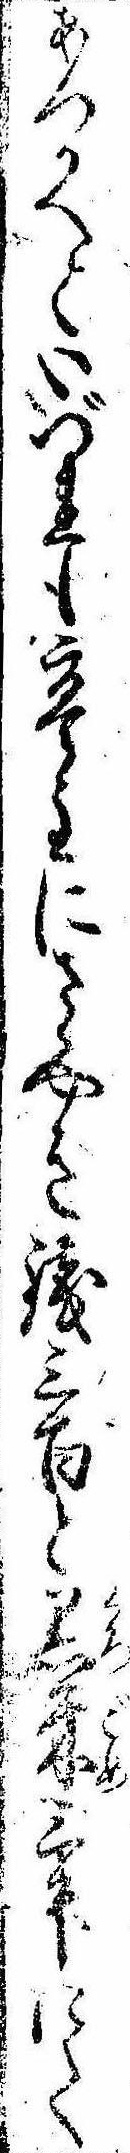
あつかへといづれも亭主にさゝやき銭三百と黒米三升にて